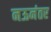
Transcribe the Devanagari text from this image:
नऊनंतर